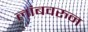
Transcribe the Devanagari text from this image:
लांबवरुन